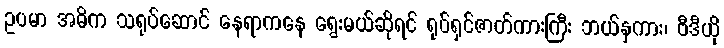
ဥပမာ အဓိက သရုပ်ဆောင် နေရာကနေ ရွေးမယ်ဆိုရင် ရုပ်ရှင်ဇာတ်ကားကြီး ဘယ်နှကား၊ ဗီဒီယို